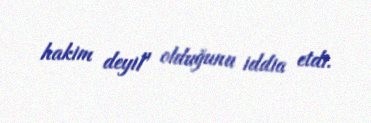
hakim deyil" olduğunu iddia etdi.